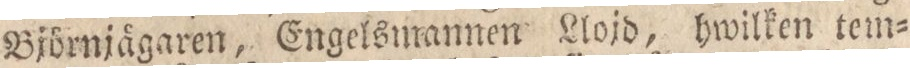
Björnjägaren, Engelsmannen Llojd, hwilken tem=